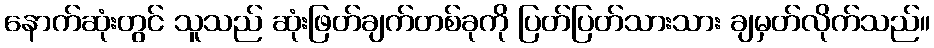
နောက်ဆုံးတွင် သူသည် ဆုံးဖြတ်ချက်တစ်ခုကို ပြတ်ပြတ်သားသား ချမှတ်လိုက်သည်။